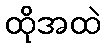
ထိုအထဲ